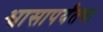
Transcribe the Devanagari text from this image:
श्वासापर्यंतचा